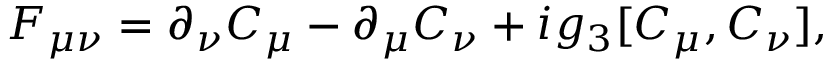
F _ { \mu \nu } = \partial _ { \nu } C _ { \mu } - \partial _ { \mu } C _ { \nu } + i g _ { 3 } [ C _ { \mu } , C _ { \nu } ] ,